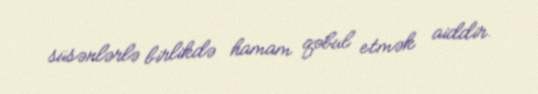
süsənlərlə birlikdə hamam qəbul etmək aiddir.